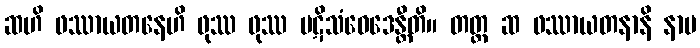
ဆဟိ ဖဿာယတနေဟိ ဖုဿ ဖုဿ ပဋိသံဝေဒေန္တီတိ။ တတ္ထ ဆ ဖဿာယတနာနိ နာမ